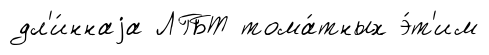
дл'и́ннаjа ЛГБТ тома́тных э́т'им